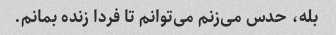
بله، حدس می‌زنم می‌توانم تا فردا زنده بمانم.